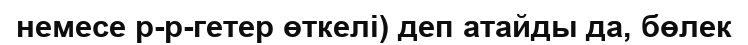
немесе р-р-гетер өткелі) деп атайды да, бөлек